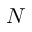
N